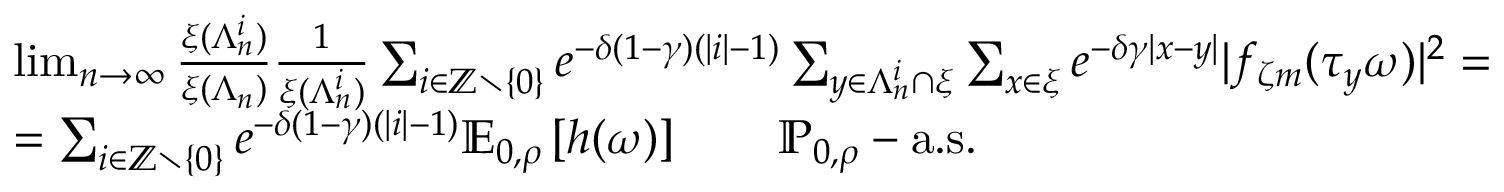
\begin{array} { r l } & { \operatorname* { l i m } _ { n \rightarrow \infty } \frac { \xi ( \Lambda _ { n } ^ { i } ) } { \xi ( \Lambda _ { n } ) } \frac { 1 } { \xi ( \Lambda _ { n } ^ { i } ) } \sum _ { i \in { \ensuremath { \mathbb Z } } \setminus \{ 0 \} } e ^ { - \delta ( 1 - \gamma ) ( | i | - 1 ) } \sum _ { y \in \Lambda _ { n } ^ { i } \cap \xi } \sum _ { x \in \xi } e ^ { - \delta \gamma | x - y | } | f _ { \zeta m } ( \tau _ { y } \omega ) | ^ { 2 } = } \\ & { = \sum _ { i \in { \ensuremath { \mathbb Z } } \setminus \{ 0 \} } e ^ { - \delta ( 1 - \gamma ) ( | i | - 1 ) } { \ensuremath { \mathbb E } } _ { 0 , \rho } \left[ h ( \omega ) \right] \qquad { \ensuremath { \mathbb P } } _ { 0 , \rho } - \mathrm { a . s . } } \end{array}